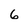
Character: 6